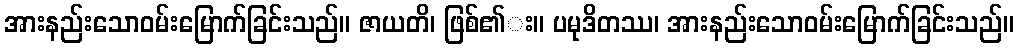
အားနည်းသောဝမ်းမြောက်ခြင်းသည်။ ဇာယတိ၊ ဖြစ်၏း။ ပမုဒိတဿ၊ အားနည်းသောဝမ်းမြောက်ခြင်းသည်။